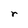
Character: r